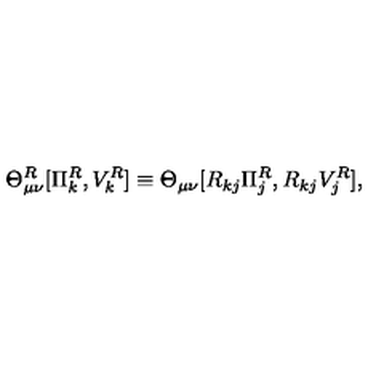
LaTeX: \Theta _ { \mu \nu } ^ { R } [ \Pi _ { k } ^ { R } , V _ { k } ^ { R } ] \equiv \Theta _ { \mu \nu } [ R _ { k j } \Pi _ { j } ^ { R } , R _ { k j } V _ { j } ^ { R } ] ,